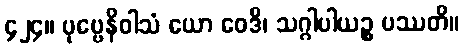
၄၂၄။ ပုဗ္ဗေနိဝါသံ ယော ဝေဒိ၊ သဂ္ဂါပါယဉ္စ ပဿတိ။